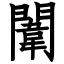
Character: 闈